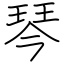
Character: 琴